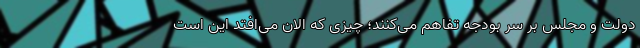
دولت و مجلس بر سر بودجه تفاهم می‌کنند؛ چیزی که الان می‌افتد این است